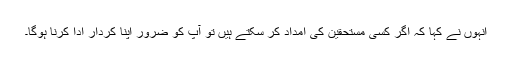
انہوں نے کہا کہ اگر کسی مستحقین کی امداد کر سکتے ہیں تو آپ کو ضرور اپنا کردار ادا کرنا ہوگا۔